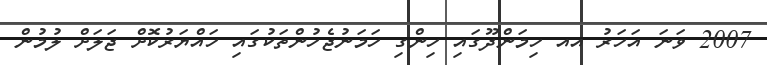
2007 ވަނަ އަހަރު އއ ހިމަންދޫގައި ހިންގި ހަމަނުޖެހުންތަކުގައި ހައްޔަރުކޮށް ޖަލަށް ލުމުން